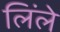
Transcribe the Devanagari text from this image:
लिंले